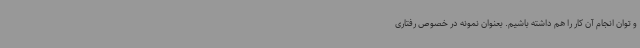
و توان انجام آن کار را هم داشته باشیم. بعنوان نمونه در خصوص رفتاری